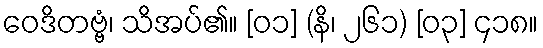
ဝေဒိတဗ္ဗံ၊ သိအပ်၏။ [၀၁] (နိ၊ ၂၆၁) [၀၃] ၄၁၈။